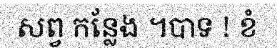
សព្វ កន្លែង ។បាទ ! ខំ